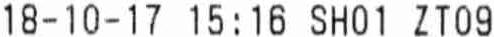
18-10-17 15:16 SH01 ZT09